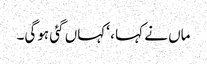
ماں نے کہا ، ‘کہاں گئی ہوگی۔